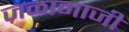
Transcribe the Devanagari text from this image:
जळामाजी